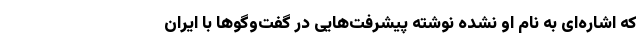
که اشاره‌ای به نام او نشده نوشته پیشرفت‌هایی در گفت‌وگوها با ایران